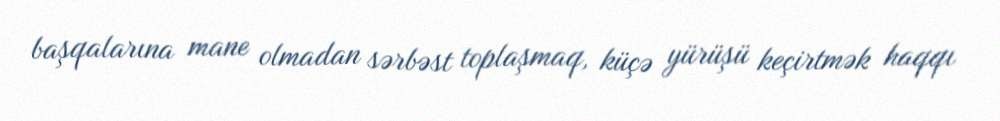
başqalarına mane olmadan sərbəst toplaşmaq, küçə yürüşü keçirtmək haqqı